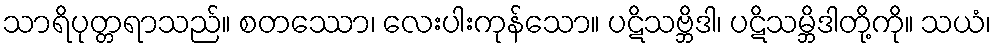
သာရိပုတ္တရာသည်။ စတဿော၊ လေးပါးကုန်သော။ ပဋိသဗ္ဘိဒါ၊ ပဋိသမ္ဘိဒါတို့ကို။ သယံ၊